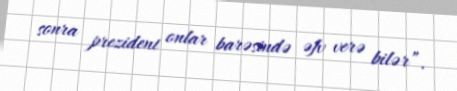
sonra prezident onlar barəsində əfv verə bilər”.